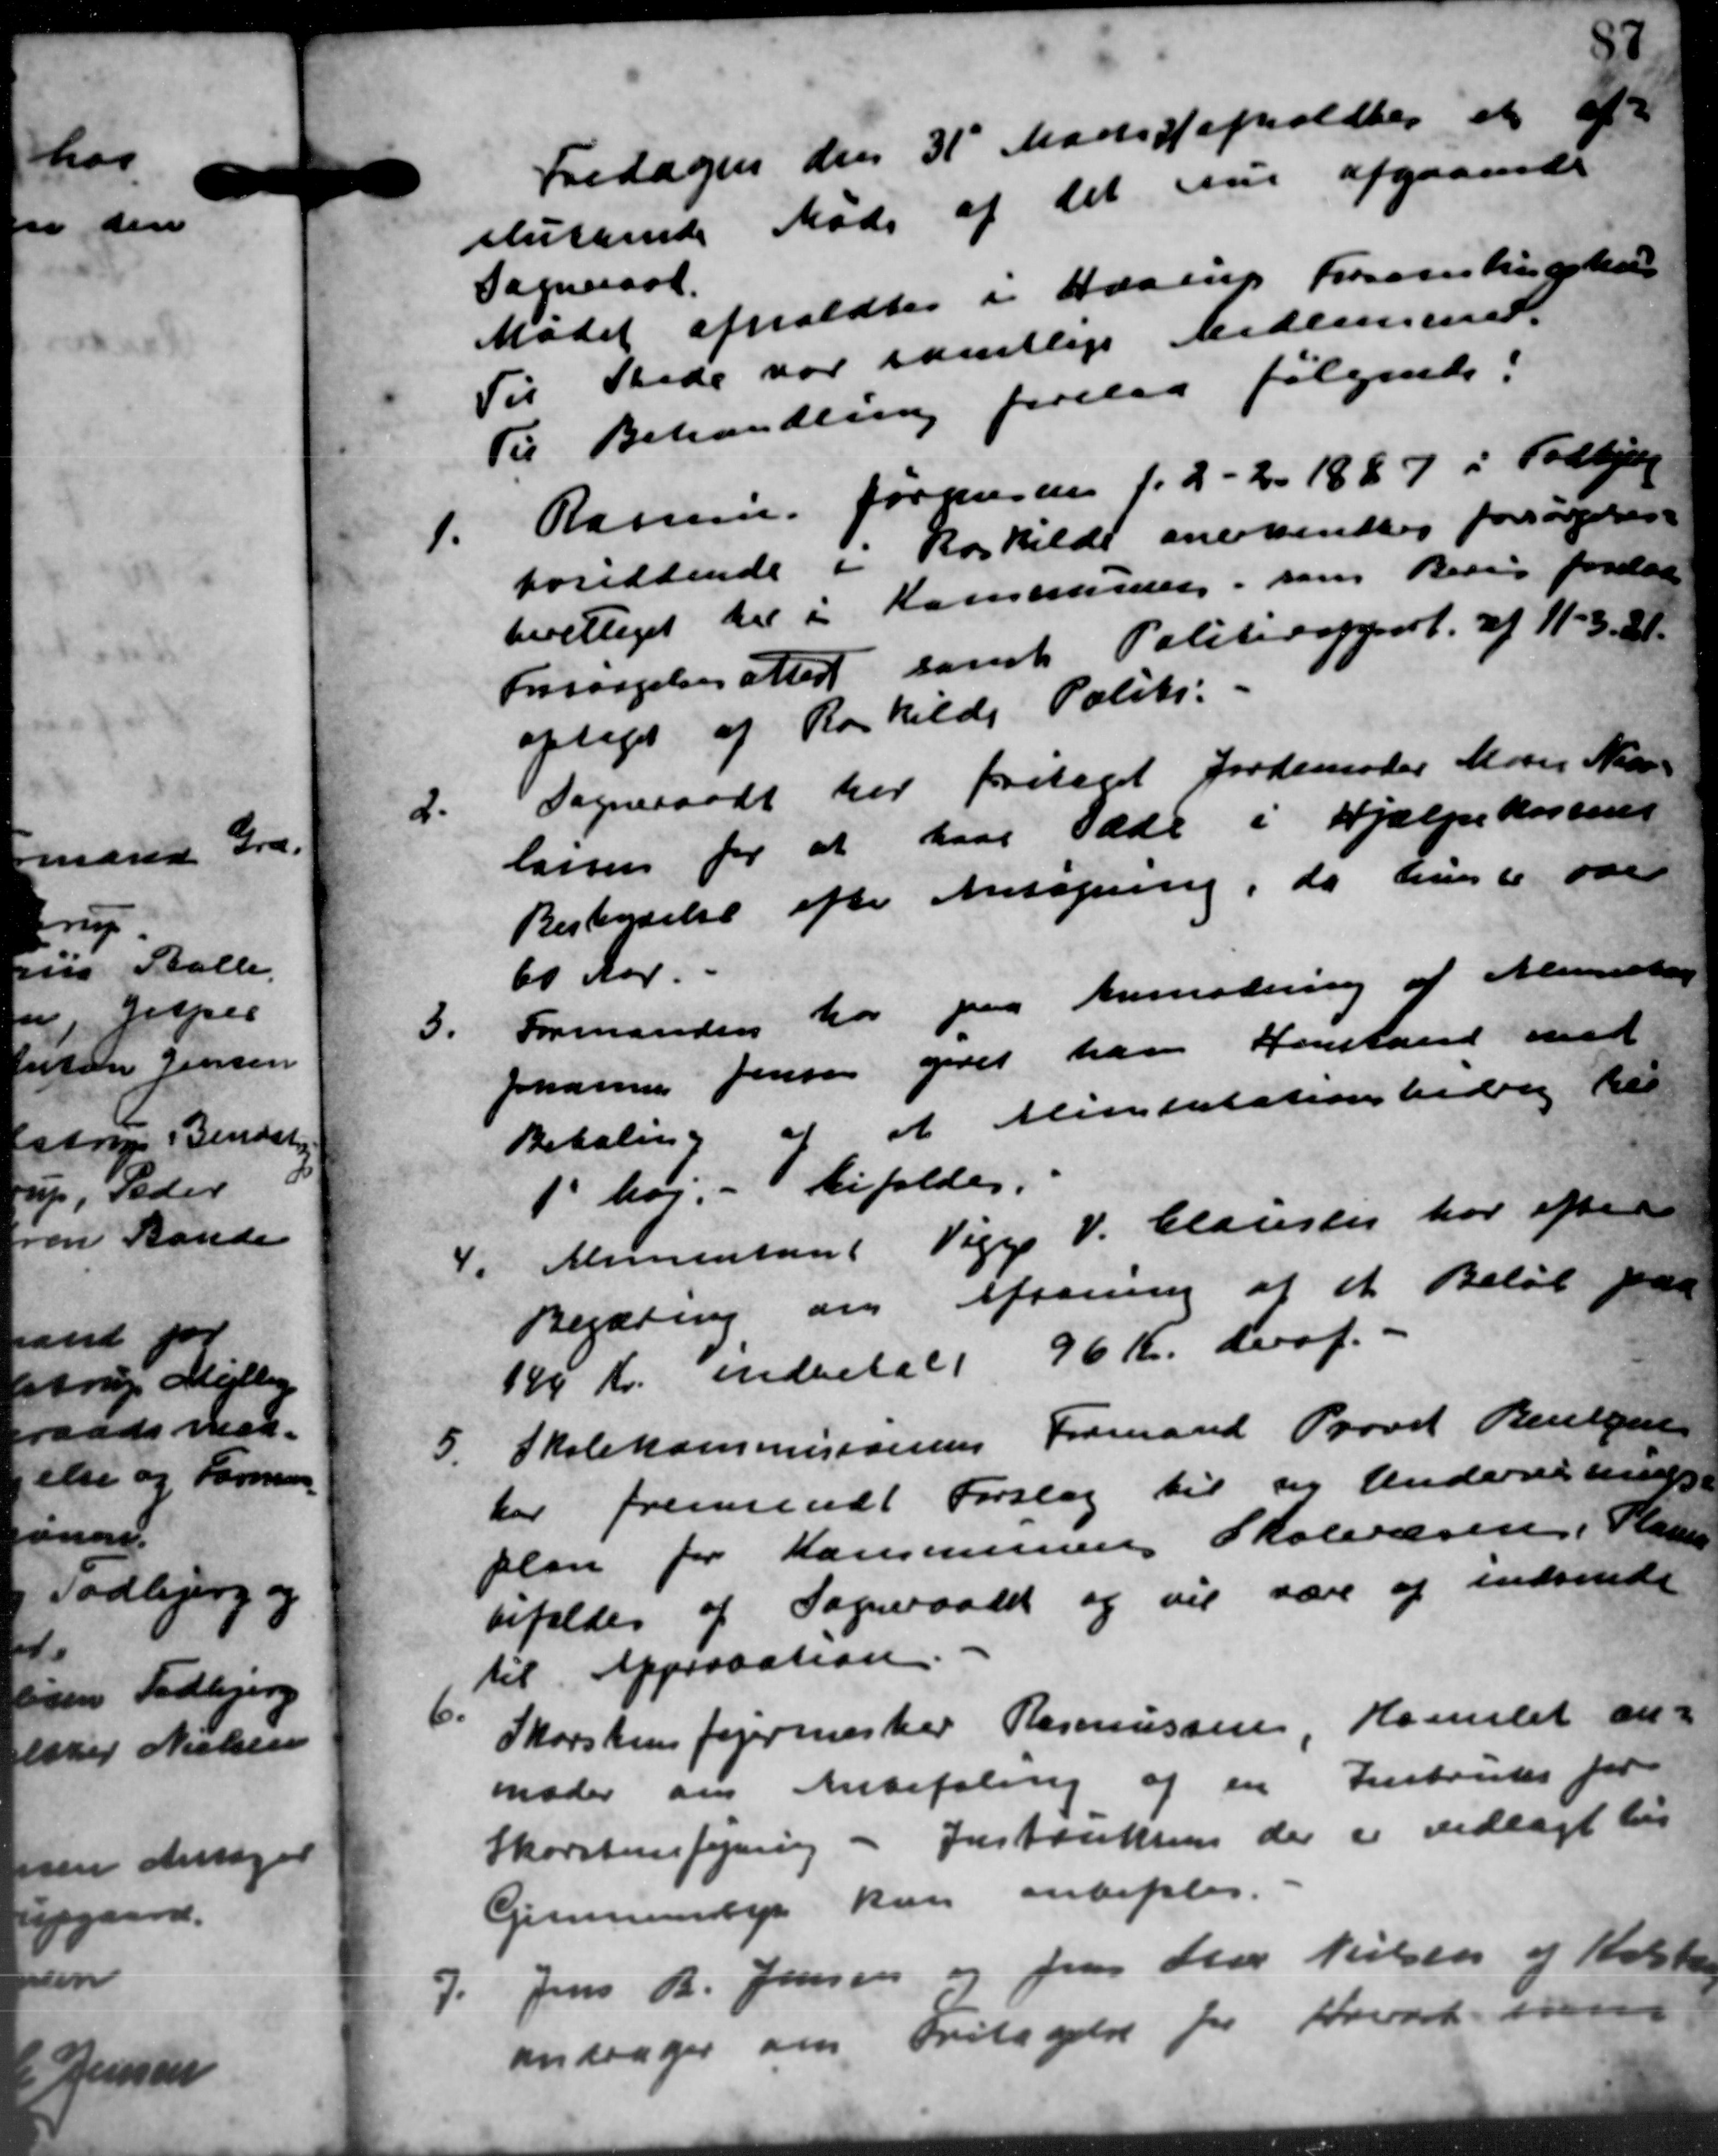
Transskription:
Fredagen den 31 Marts afholdtes et af
sluttende Møde af det sur afgaaende
Sogneraad
Mødet afholdtes i Haarup Forsamlingskor
Til Stede var samtlige Medlemmer
Til Behandling forelaa følgende:
1.
Rasmus Jørgensen f. 2 - 2. 1827 i Todbjerg
boridsende i Roskilde anerkendtes forsørgelses-
berettiget til i Kommunen, som Besig forelaa
Forsørgelsesattes samt Politirapport. af 11 - 321.
"
optaget af Roskilde Politi-
2.
Sogneraadt her fritaget Jordemoder Moder Niels
lansen for at have Sæde i Hjælpekassens
Bestendelse efter Ansøgning, da hun er ove
60 Aar.
3.
Formanden har paa Anmodning af Mensterne
Johannes Jensen givet han Henstand med
Betaling af at Minitatationsbidrag har
1 høj. - bifaldes.
4. Alimentant Viggo V. Clausen har efter
4. Alimentant Viggo V. Clausen har efter
Begæring om Aftening af et Beløb paa
195 Kr. indbetalt 96 Kr. deraf.
5.
Skolekommisionens Formand Provst Bentzen
Der fremsendt Forslag til sig Undervisnings-
plan for Kommunens Skolevæsen. Planen
bifaldes af Sogneraadet og vil være og indsende
til Approbation
6.
Skorstensfejermester Rasmussen Hornslet an-
moder om Anbefaling af en Instandes for
Skorstensfejning - Justruksen der er vedlagt his
Gennemsyn kan anbefales.
7. Jens R. Jensen og fra Star Nielsen og Kiste
7. Jens R. Jensen og fra Star Nielsen og Kiste
andrager om Fritagelse for Krist me